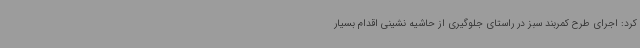
کرد: اجرای طرح کمربند سبز در راستای جلوگیری از حاشیه نشینی اقدام بسیار